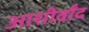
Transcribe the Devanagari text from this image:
आशीर्वांद